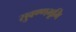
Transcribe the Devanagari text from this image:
सुवण्णभूमि